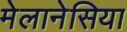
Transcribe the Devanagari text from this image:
मेलानेसिया